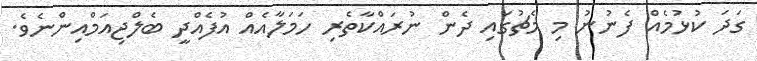
ގަދަ ކުޅުމެއް ފެނުނު މި މެޗުގައި ދެން ނުރައްކާތެރި ހަމަލާއެއް އުފެއްދީ ބެލްޖިއަމްއިންނެވެ.